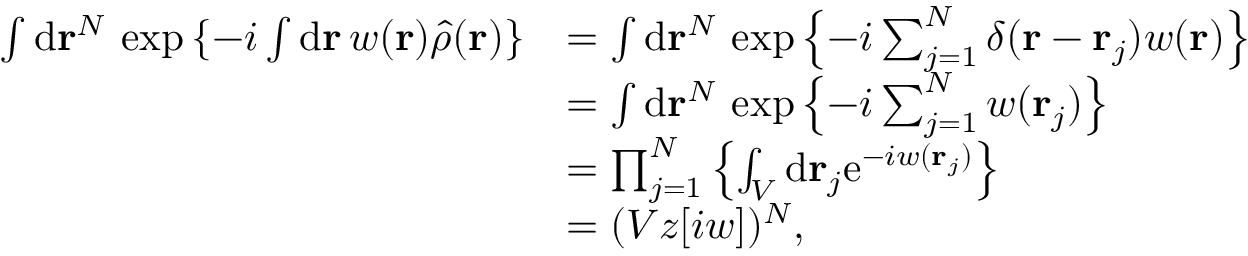
\begin{array} { r l } { \int \mathrm { d } \mathbf { r } ^ { N } \, \exp \left\{ - i \int \mathrm { d } \mathbf { r } \, w ( \mathbf { r } ) \hat { \rho } ( \mathbf { r } ) \right\} } & { = \int \mathrm { d } \mathbf { r } ^ { N } \, \exp \left\{ - i \sum _ { j = 1 } ^ { N } \delta ( \mathbf { r } - \mathbf { r } _ { j } ) w ( \mathbf { r } ) \right\} } \\ & { = \int \mathrm { d } \mathbf { r } ^ { N } \, \exp \left\{ - i \sum _ { j = 1 } ^ { N } w ( \mathbf { r } _ { j } ) \right\} } \\ & { = \prod _ { j = 1 } ^ { N } \left\{ \int _ { V } \mathrm { d } \mathbf { r } _ { j } \mathrm { e } ^ { - i w ( \mathbf { r } _ { j } ) } \right\} } \\ & { = ( V z [ i w ] ) ^ { N } , } \end{array}